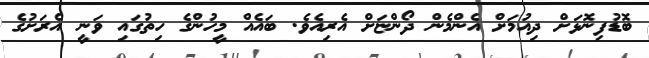
ބޮޑުފިނޮޅަށް ދިއުމަށް އެންމެން ދޯންޏަށް އެރިއެވެ. ބައެއް މީހުންގެ ހިތުގައި ވަނީ އެރަށުގެ